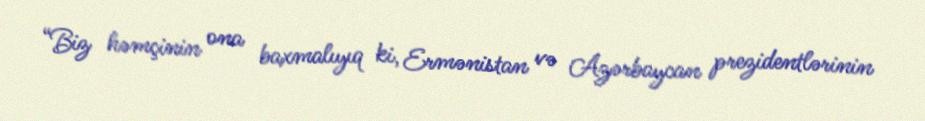
“Biz həmçinin ona baxmalıyıq ki, Ermənistan və Azərbaycan prezidentlərinin